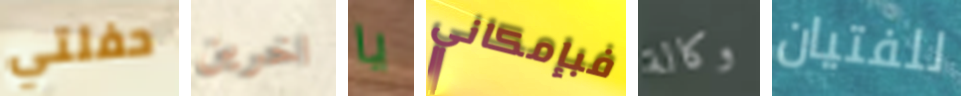
حفلتي اخرين يا فبإمكاني وكالة للفتيان